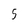
Character: 5